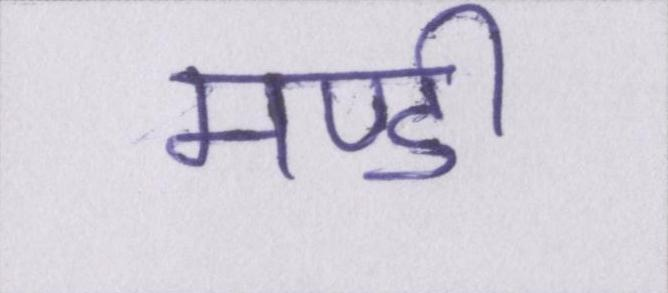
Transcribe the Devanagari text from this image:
मण्डी